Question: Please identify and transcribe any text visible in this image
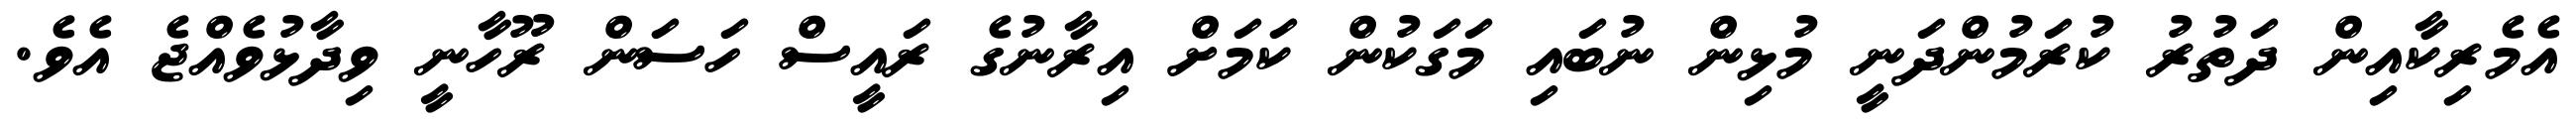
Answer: އެމެރިކާއިން ދަތުރު ކުރަމުންދަނީ މުޅިން ނުބައި މަގަކުން ކަމަށް އިރާނުގެ ރައީސް ހަސަން ރޫހާނީ ވިދާޅުވެއްޖެ އެވެ.